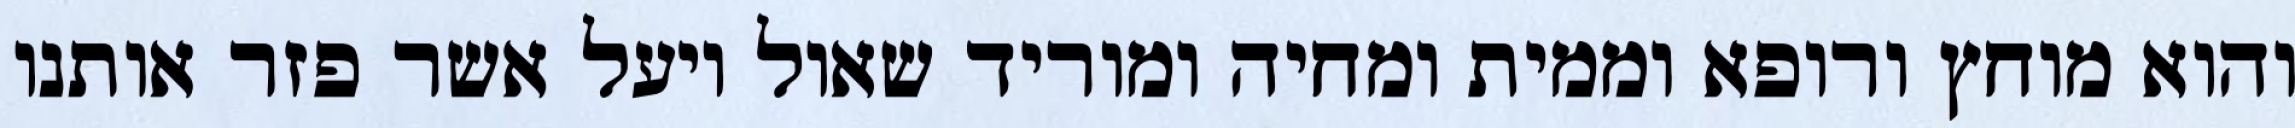
והוא מוחץ ורופא וממית ומחיה ומוריד שאול ויעל אשר פזר אותנו